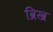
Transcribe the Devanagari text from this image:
व्रिख